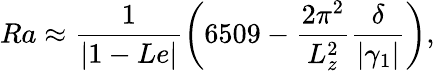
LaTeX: Ra\approx\frac{1}{|1-Le|}\left(6509-\frac{2\pi^{2}}{L_{z}^{2}}\frac{\delta}{|\gamma_{1}|}\right),